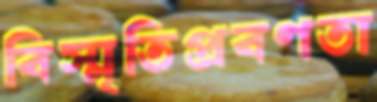
বিস্মৃতিপ্রবণতা